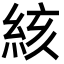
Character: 絯